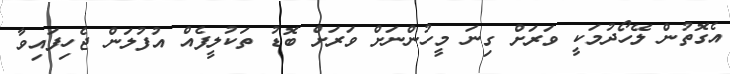
އެގޮތުން ލޭހޯދުމަކީ ވަރަށް ގިނަ މީހުންނަށް ވަރަށް ބޮޑު ތަކުލީފެއް އުފުލަން ޖެހިފައިވާ